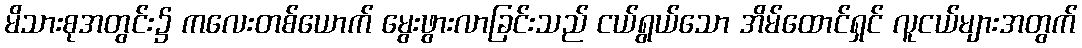
မိသားစုအတွင်း၌ ကလေးတစ်ယောက် မွေးဖွားလာခြင်းသည် ငယ်ရွယ်သော အိမ်ထောင်ရှင် လူငယ်များအတွက်